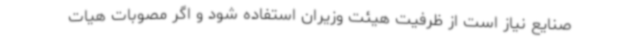
صنایع نیاز است از ظرفیت هیئت وزیران استفاده شود و اگر مصوبات هیات